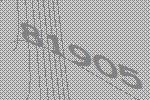
81905